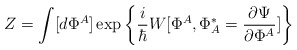
\begin{align*}Z=\int [d\Phi^A]\exp\left\{\frac{i}{\hbar} W [\Phi^A,\Phi^*_A=\frac{\partial\Psi}{\partial\Phi^A}] \right\}\end{align*}